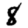
Digit: 8